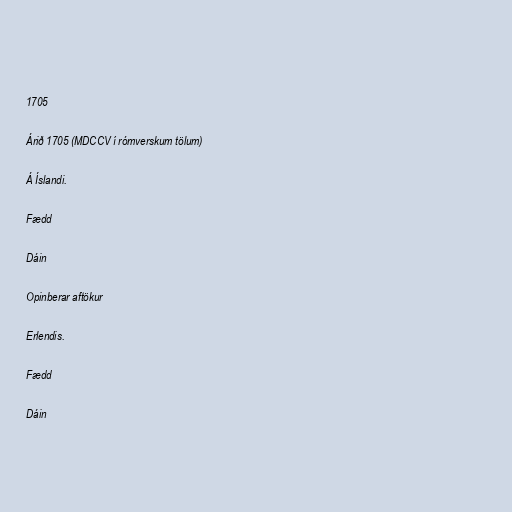
1705

Árið 1705 (MDCCV í rómverskum tölum)

Á Íslandi.

Fædd

Dáin

Opinberar aftökur

Erlendis.

Fædd

Dáin